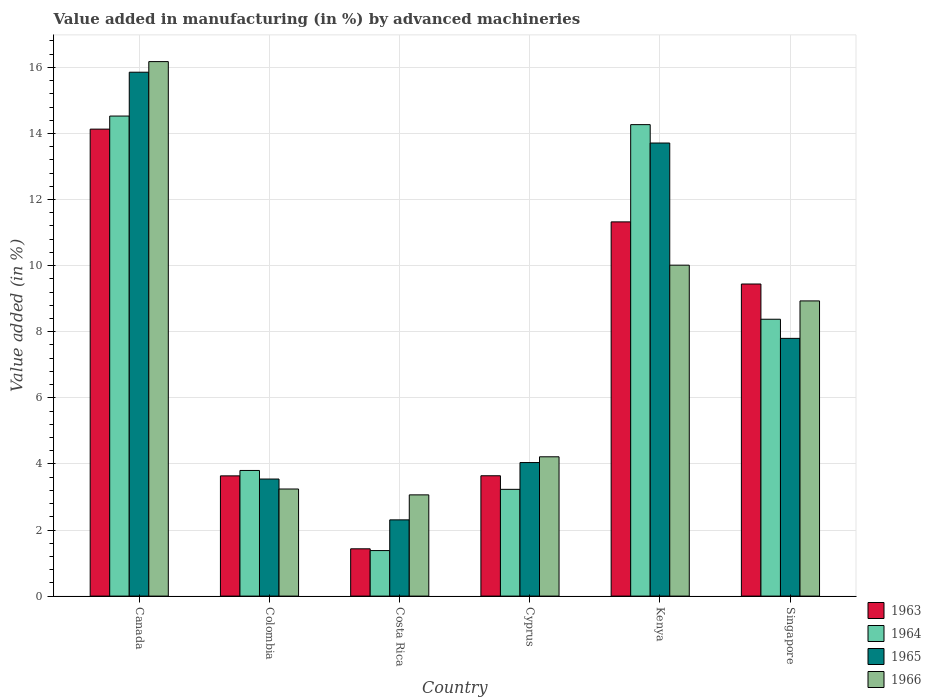
| Country | 1963 | 1964 | 1965 | 1966 |
 | --- | --- | --- | --- | --- |
 | Canada | 14.1 | 14.5 | 15.9 | 16.2 |
 | Colombia | 3.64 | 3.8 | 3.54 | 3.24 |
 | Costa Rica | 1.43 | 1.38 | 2.31 | 3.06 |
 | Cyprus | 3.64 | 3.23 | 4.04 | 4.22 |
 | Kenya | 11.3 | 14.3 | 13.7 | 10 |
 | Singapore | 9.44 | 8.38 | 7.8 | 8.93 |